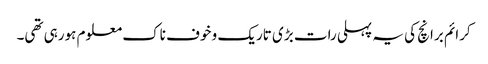
کرائم برانچ کی یہ پہلی رات بڑی تاریک و خوف ناک معلوم ہورہی تھی۔